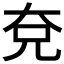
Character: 𭀢